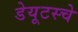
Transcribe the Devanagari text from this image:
डेयूटस्चे